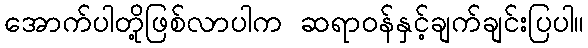
အောက်ပါတို့ဖြစ်လာပါက ဆရာဝန်နှင့်ချက်ချင်းပြပါ။